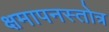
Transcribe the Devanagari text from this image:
क्षमापनस्तोत्र